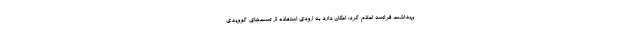
بهداشت فرانسه اعلام کرد: امکان دارد به زودی استفاده از تست‌های کوویدی